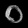
Digit: ၀